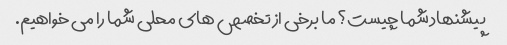
پیشنهاد شما چیست؟ ما برخی از تخصص های محلی شما را می خواهیم.